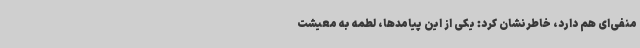
منفی‌ای هم دارد، خاطرنشان کرد: یکی از این پیامدها، لطمه به معیشت